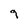
Character: 9